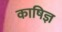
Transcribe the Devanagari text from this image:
काषिज्ञ